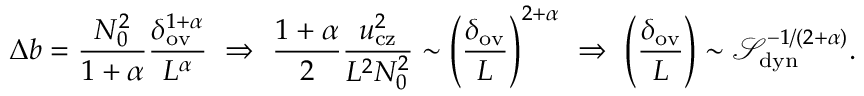
\Delta b = \frac { N _ { 0 } ^ { 2 } } { 1 + \alpha } \frac { \delta _ { \mathrm { o v } } ^ { 1 + \alpha } } { L ^ { \alpha } } \, \, \Rightarrow \, \, \frac { 1 + \alpha } { 2 } \frac { u _ { \mathrm { c z } } ^ { 2 } } { L ^ { 2 } N _ { 0 } ^ { 2 } } \sim \left( \frac { \delta _ { \mathrm { o v } } } { L } \right) ^ { 2 + \alpha } \, \, \Rightarrow \, \, \left( \frac { \delta _ { \mathrm { o v } } } { L } \right) \sim \ensuremath { \mathcal { S } } _ { \mathrm { d y n } } ^ { - 1 / ( 2 + \alpha ) } .